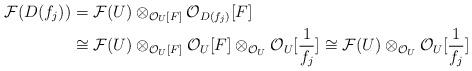
LaTeX: \begin{align*}\mathcal{F}(D(f_{j})) & =\mathcal{F}(U)\otimes_{\mathcal{O}_{U}[F]}\mathcal{O}_{D(f_{j})}[F]\\& \cong\mathcal{F}(U)\otimes_{\mathcal{O}_{U}[F]}\mathcal{O}_{U}[F]\otimes_{\mathcal{O}_{U}}\mathcal{O}_{U}[\frac{1}{f_{j}}]\cong\mathcal{F}(U)\otimes_{\mathcal{O}_{U}}\mathcal{O}_{U}[\frac{1}{f_{j}}]\end{align*}